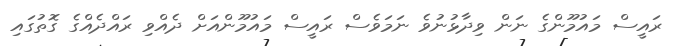
ރައީސް މައުމޫންގެ ނަން ވިދާޅުނުވެ ނަމަވެސް ރައީސް މައުމޫންއަށް ދެއްވި ރައްދެއްގެ ގޮތުގައި